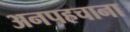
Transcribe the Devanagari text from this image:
अनपहचाना